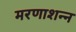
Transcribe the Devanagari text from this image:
मरणाशन्‍न